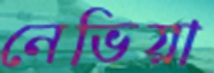
নেভিয়া